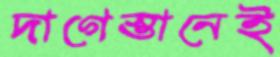
দাগেস্তানেই